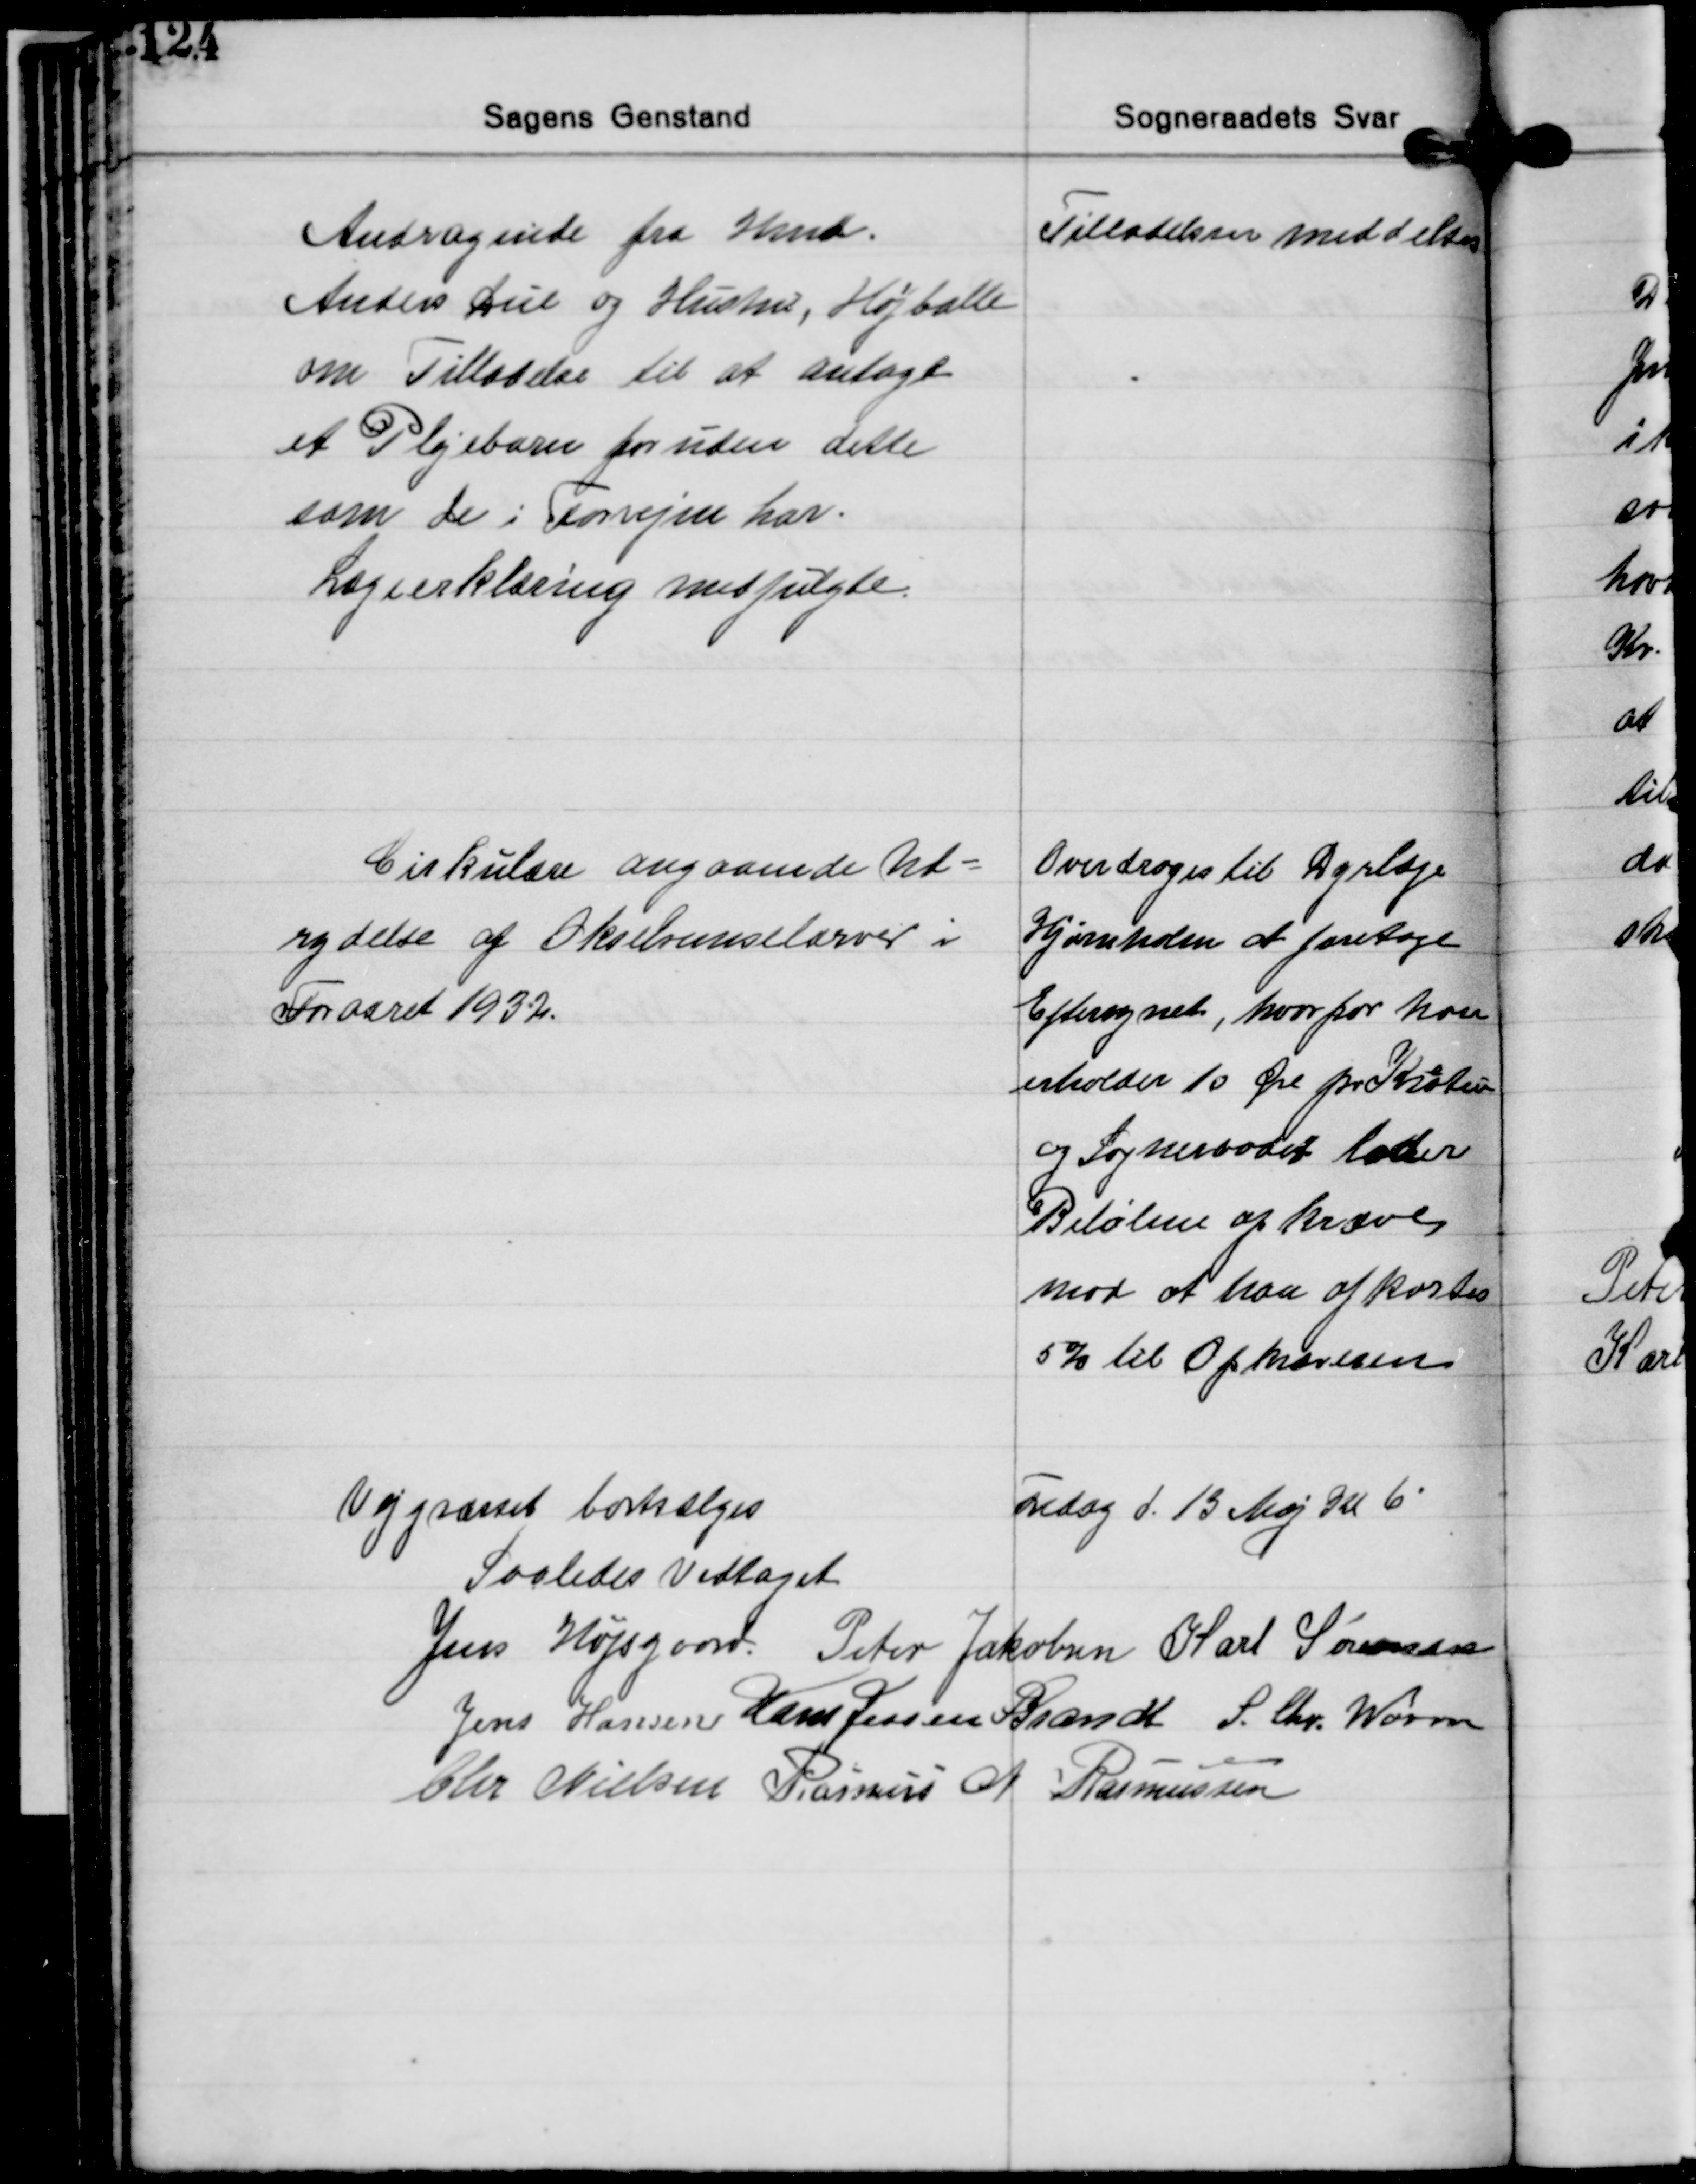
Transskription:
Andragende fra Hmd.
Anders Due og Hustru, Højballe
om Tilladelse til at antage
et Plejebarn for uden dette
som de i Forvejen har.
Lægeerklæring medfulgte

Tilladelsen meddeltes

Cirkulære angaaende Ud-
rydelse af Oksebremselarver i
Foraaret 1932.

Overdroges til Dyrlæge
Hjørnholm at foretage
Eftersynet, hvorfor han
erholder 10 Øre pr. Kratur
e
og Sogneraadet lader
Beløbene afkræve
mod at han afkortes
5% til Opkrævelsen

Vejgræsset bortsælges

Fredag d. 13 Maj Kl. 6

Saaledes Vedtaget
Jens Højsgaard Peter Jakobsen Karl Sørensen
Jens Hansen Hans Jessen Brandt S. Chr. Worm
Chr. Nielsen Rasmus A. Rasmussen